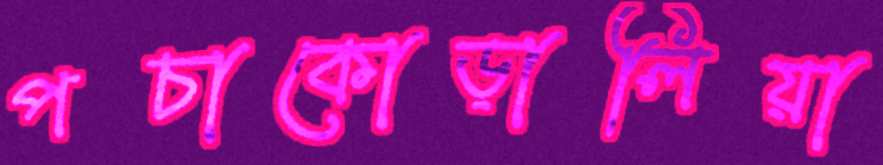
পচাকোড়ালিয়া